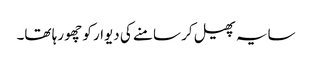
سایہ پھیل کر سامنے کی دیوار کو چھو رہا تھا۔